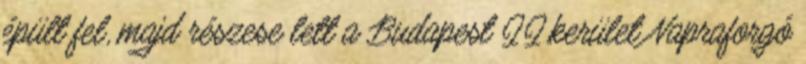
épült fel, majd részese lett a Budapest II.kerület Napraforgó